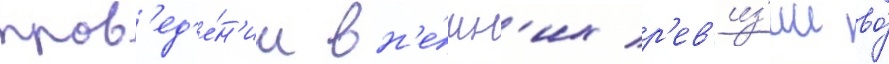
пров'ед'е́н'ии вн'е́шн'их р'ев'из'ии во́